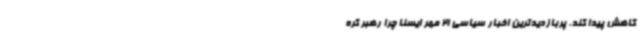
کاهش پیدا کند. پربازدیدترین اخبار سیاسی 21 مهر ایسنا چرا رهبر کره